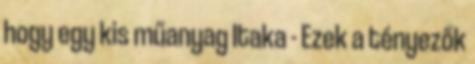
hogy egy kis műanyag Itaka - Ezek a tényezők